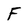
Character: F